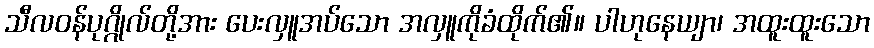
သီလဝန်ပုဂ္ဂိုလ်တို့အား ပေးလှူအပ်သော အလှူကိုခံထိုက်၏။ ပါဟုနေယျာ၊ အထူးထူးသော